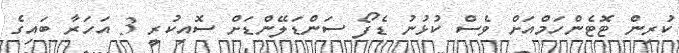
ކުރިން ޓޮޓެންހަމްއަށް ވެސް ކުޅުނު ޑެފޯ ސަންޑަލޭންޑަށް ސޮއިކުރީ 3 އަހަރާ ބައިގެ